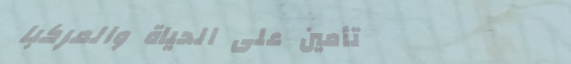
تأمين على الحياة والمركبا